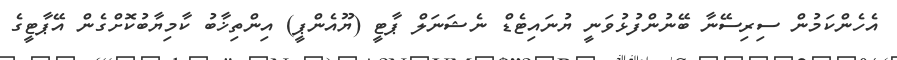
އެހެންކަމުން ސިރިސޭނާ ބޭނުންފުޅުވަނީ ޔުނައިޓެޑް ނެޝަނަލް ޕާޓީ (ޔޫއެންޕީ) އިންތިޚާބު ކާމިޔާބުކޮށްގެން އޭޕާޓީގެ